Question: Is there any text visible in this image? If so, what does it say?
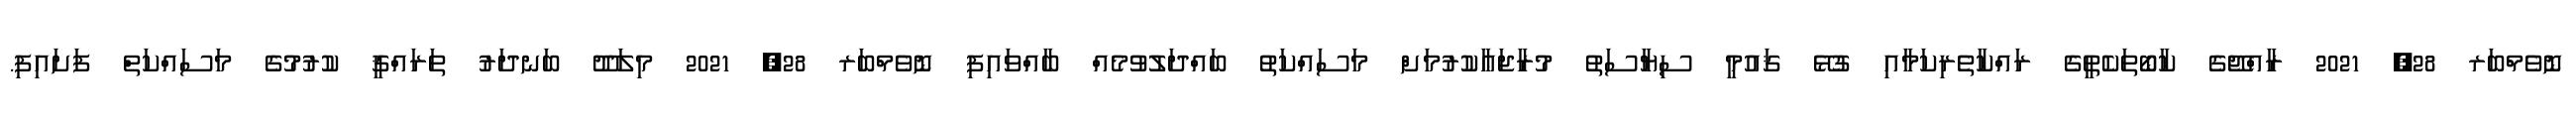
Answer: ނޮވެމްބަރ 28, 2021 ރާއްޖޭގެ ކާބޯތަކެތީގެ ރައްކާތެރިކަމާއި ގުޅޭ ޤައުމީ ސިޔާސަތު މުރާޖަޢާކުރުމަށް މަސައްކަތު ބައްދަލުވުމެއް ބާއްވައިފި ނޮވެމްބަރ 28, 2021 މިލަދޫ ބަނދަރު ތަރައްޤީ ކުރުމުގެ މަސައްކަތް ފަށައިފި.